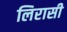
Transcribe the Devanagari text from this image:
लिरासी